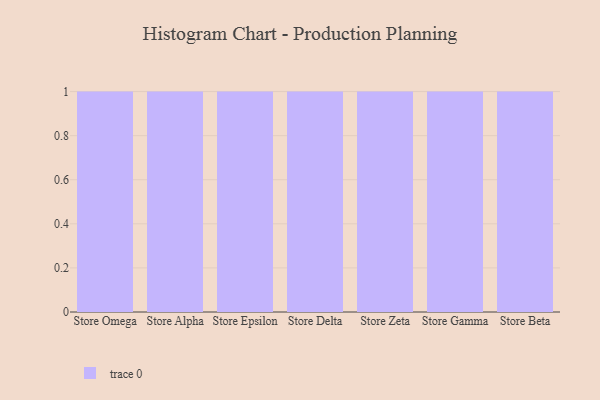
{"axis": {"x": "Store", "y": "Budget (USD K)"}, "legend": [""], "data": [{"x": "Store Omega", "y": 17, "type": ""}, {"x": "Store Alpha", "y": 68, "type": ""}, {"x": "Store Epsilon", "y": 91, "type": ""}, {"x": "Store Delta", "y": 49, "type": ""}, {"x": "Store Zeta", "y": 38, "type": ""}, {"x": "Store Gamma", "y": 56, "type": ""}, {"x": "Store Beta", "y": 54, "type": ""}]}